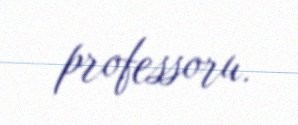
professoru.